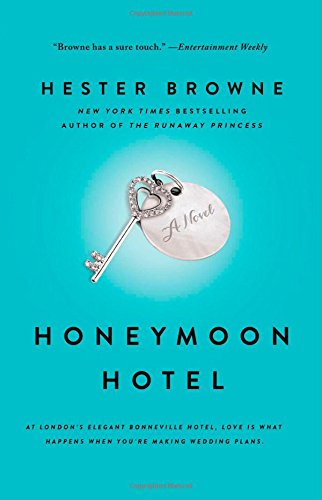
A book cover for Honeymoon Hotel; Hester Browne; Literature & Fiction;